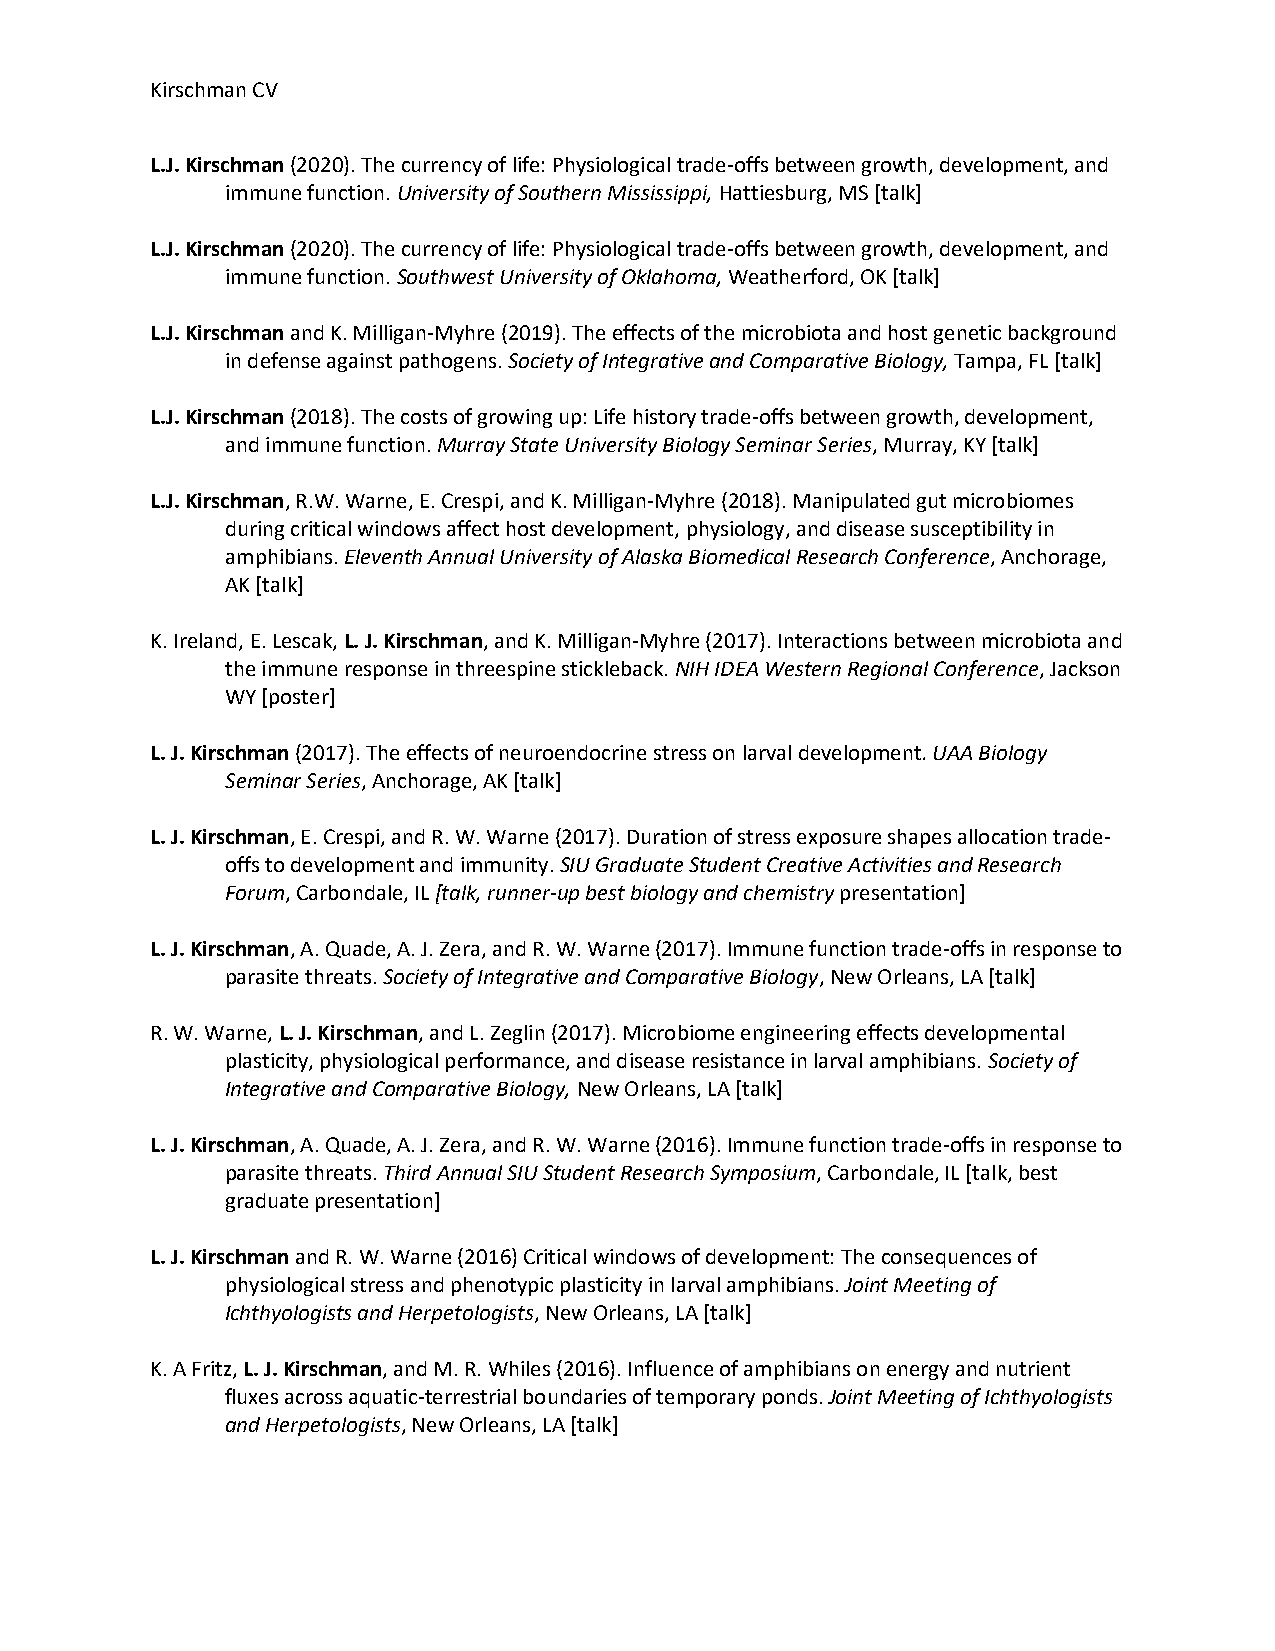
Kirschman CV
 L.J. Kirschman (2020). The currency of life: Physiological trade-offs between growth, development, and
 immune function. University of Southern Mississippi, Hattiesburg, MS [talk]
 L.J. Kirschman (2020). The currency of life: Physiological trade-offs between growth, development, and
 immune function. Southwest University of Oklahoma, Weatherford, OK [talk]
 L.J. Kirschman and K. Milligan-Myhre (2019). The effects of the microbiota and host genetic background
 in defense against pathogens. Society of Integrative and Comparative Biology, Tampa, FL [talk]
 L.J. Kirschman (2018). The costs of growing up: Life history trade-offs between growth, development,
 and immune function. Murray State University Biology Seminar Series, Murray, KY [talk]
 L.J. Kirschman, R.W. Warne, E. Crespi, and K. Milligan-Myhre (2018). Manipulated gut microbiomes
 during critical windows affect host development, physiology, and disease susceptibility in
 amphibians. Eleventh Annual University of Alaska Biomedical Research Conference, Anchorage,
 AK [talk]
 K. Ireland, E. Lescak, L. J. Kirschman, and K. Milligan-Myhre (2017). Interactions between microbiota and
 the immune response in threespine stickleback. NIH IDEA Western Regional Conference, Jackson
 WY [poster]
 L. J. Kirschman (2017). The effects of neuroendocrine stress on larval development. UAA Biology
 Seminar Series, Anchorage, AK [talk]
 L. J. Kirschman, E. Crespi, and R. W. Warne (2017). Duration of stress exposure shapes allocation trade-
 offs to development and immunity. SIU Graduate Student Creative Activities and Research
 Forum, Carbondale, IL [talk, runner-up best biology and chemistry presentation]
 L. J. Kirschman, A. Quade, A. J. Zera, and R. W. Warne (2017). Immune function trade-offs in response to
 parasite threats. Society of Integrative and Comparative Biology, New Orleans, LA [talk]
 R. W. Warne, L. J. Kirschman, and L. Zeglin (2017). Microbiome engineering effects developmental
 plasticity, physiological performance, and disease resistance in larval amphibians. Society of
 Integrative and Comparative Biology, New Orleans, LA [talk]
 L. J. Kirschman, A. Quade, A. J. Zera, and R. W. Warne (2016). Immune function trade-offs in response to
 parasite threats. Third Annual SIU Student Research Symposium, Carbondale, IL [talk, best
 graduate presentation]
 L. J. Kirschman and R. W. Warne (2016) Critical windows of development: The consequences of
 physiological stress and phenotypic plasticity in larval amphibians. Joint Meeting of
 Ichthyologists and Herpetologists, New Orleans, LA [talk]
 K. A Fritz, L. J. Kirschman, and M. R. Whiles (2016). Influence of amphibians on energy and nutrient
 fluxes across aquatic-terrestrial boundaries of temporary ponds. Joint Meeting of Ichthyologists
 and Herpetologists, New Orleans, LA [talk]